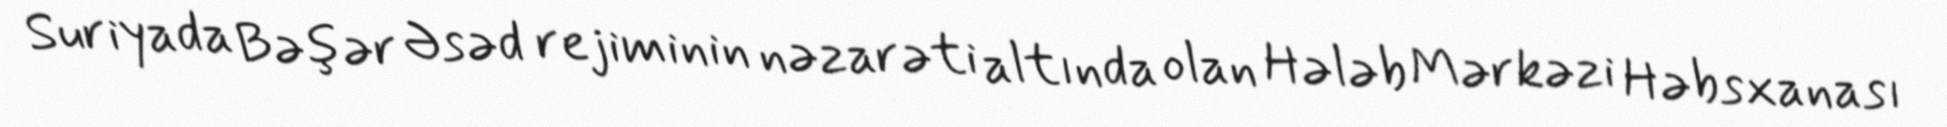
Suriyada Bəşər Əsəd rejiminin nəzarəti altında olan Hələb Mərkəzi Həbsxanası